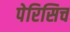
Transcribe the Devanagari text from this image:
पेरिसिच